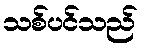
သစ်ပင်သည်